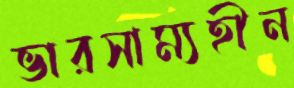
ভারসাম্যহীন